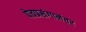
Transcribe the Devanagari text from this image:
पेचप्रसंगानंतर